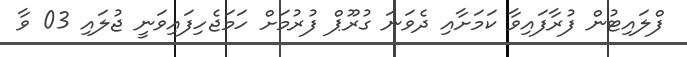
ފްލައިޓުން ފުރާފައިވާ ކަމަށާއި ދެވަނަ ގުރޫޕް ފުރުމަށް ހަމަޖެހިފައިވަނީ ޖުލައި 03 ވާ